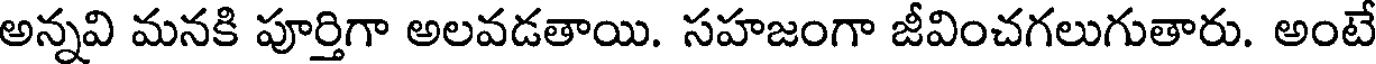
అన్నవి మనకి పూర్తిగా అలవడతాయి. సహజంగా జీవించగలుగుతారు. అంటే